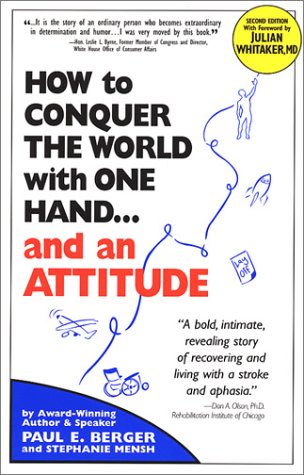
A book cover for How to Conquer the World With One Hand...And an Attitude (Second Edition); Paul E. Berger; Health, Fitness & Dieting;